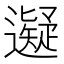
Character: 𬩜